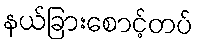
နယ်ခြားစောင့်တပ်